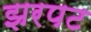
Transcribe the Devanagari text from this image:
झरपट